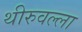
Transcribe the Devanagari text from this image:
थीरुवल्ला